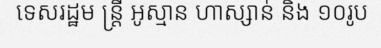
ទេសរដ្ឋម ន្ត្រី អូស្មាន ហាស្សាន់ និង ១០រូប